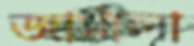
জামীলা